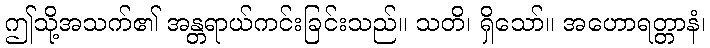
ဤသို့အသက်၏ အန္တရာယ်ကင်းခြင်းသည်။ သတိ၊ ရှိသော်။ အဟောရတ္တာနံ၊